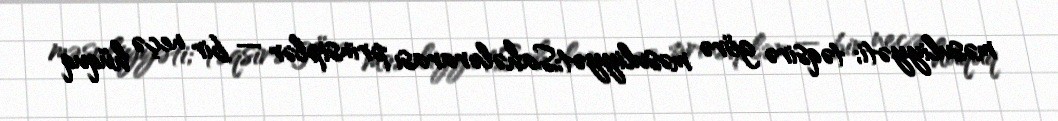
məsuliyyəti; təqsirə görə məsuliyyət;Sahələrarası prinsiplər — bir neçə hüquq